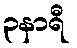
၃နာရီ